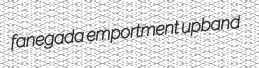
fanegada emportment upband